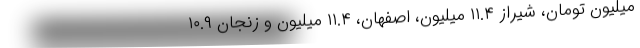
میلیون تومان، شیراز ۱۱.۴ میلیون، اصفهان، ۱۱.۴ میلیون و زنجان ۱۰.۹